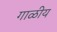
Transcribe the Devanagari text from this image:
गाळीय